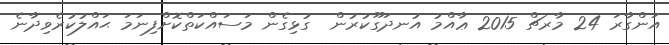
އަންގާރަ 24 މާރޗް 2015 ޢާއްމު އުނދަގޫކުރުން  ގުޅިގެން މަސައްކަތްކޮށްފިނަމަ ޙައްލުކުރެވިދާނެ